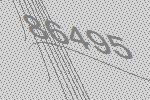
86495